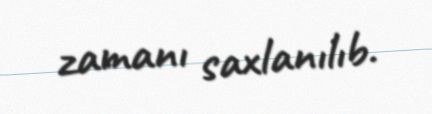
zamanı saxlanılıb.